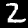
Label: 2